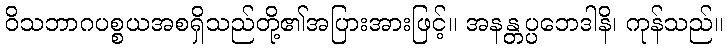
ဝိသဘာဂပစ္စယအစရှိသည်တို့၏အပြားအားဖြင့်။ အနန္တပ္ပဘေဒါနိ၊ ကုန်သည်။